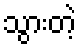
သွားတဲ့